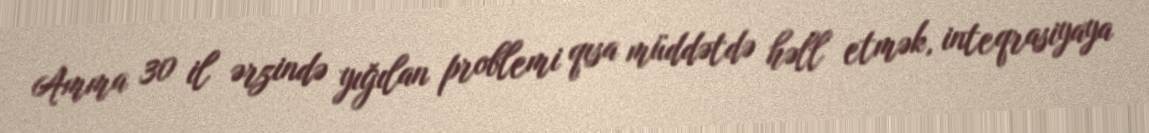
Amma 30 il ərzində yığılan problemi qısa müddətdə həll etmək, inteqrasiyaya